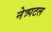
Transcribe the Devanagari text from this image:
नेत्र्पटल